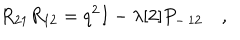
R _ { 2 1 } R _ { 1 2 } = q ^ { 2 } I - \lambda [ 2 ] P _ { - \, 1 2 } \quad ,